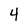
Character: 4